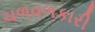
ચળવળકારી